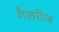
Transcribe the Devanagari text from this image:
गैलरीज